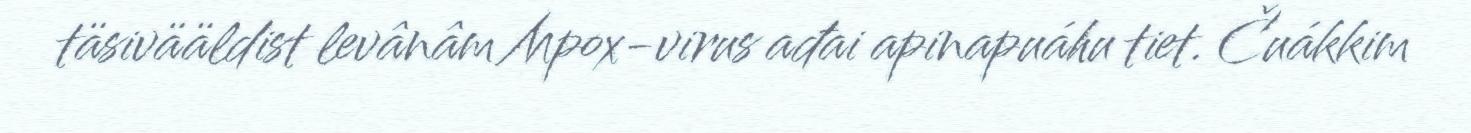
täsivääldist levânâm Mpox-virus ađai apinapuáhu tiet. Čuákkim